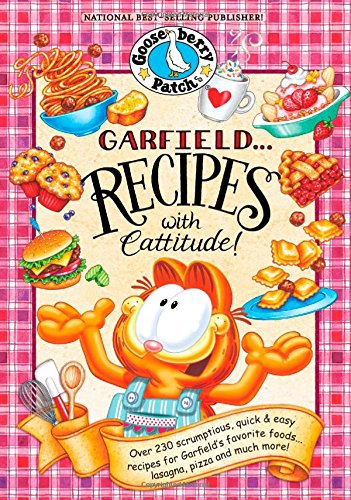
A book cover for Garfield...Recipes with Cattitude!: Over 230 scrumptious, quick & easy recipes for Garfield's favorite foods...lasagna, pizza and much more! (Everyday Cookbook Collection); Gooseberry Patch; Humor & Entertainment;